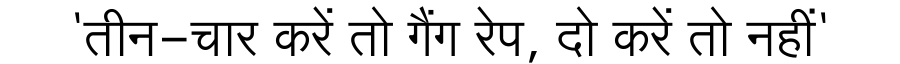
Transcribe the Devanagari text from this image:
'तीन-चार करें तो गैंग रेप, दो करें तो नहीं'